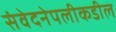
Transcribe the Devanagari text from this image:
संवेदनेपलीकडील